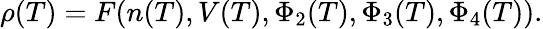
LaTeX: \rho(T)=F(n(T),V(T),\Phi_{2}(T),\Phi_{3}(T),\Phi_{4}(T)).